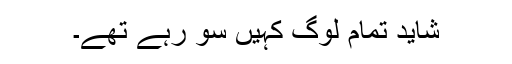
شاید تمام لوگ کہیں سو رہے تھے۔